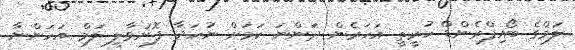
ލަމްގެ ބޯއިފްރެންޑް ހުރީތީ އަހަރެން ދަންނަ ކަމަށް ނުހަދާ ފޮނުވާލީ ލަމް އަހަންނާ